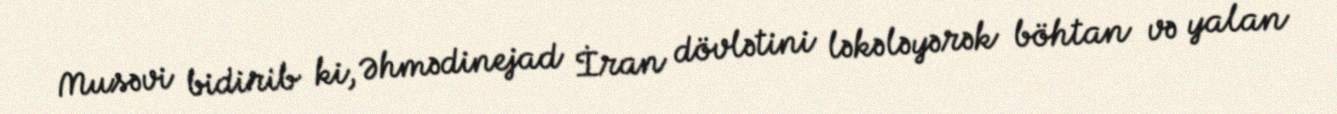
Musəvi bidirib ki, Əhmədinejad İran dövlətini ləkələyərək böhtan və yalan